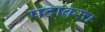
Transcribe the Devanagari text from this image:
पदावरच